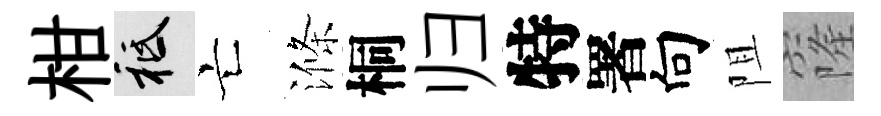
柑祇亡滌桐归特署向阻窿